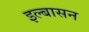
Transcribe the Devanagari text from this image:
इल्बासन